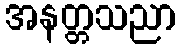
အနတ္တသညာ